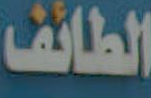
الطائف